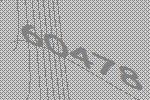
60478